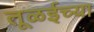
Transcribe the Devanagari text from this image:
तूळईच्या